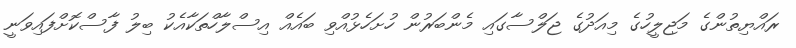
ރައްޔިތުންގެ މަޖިލީހުގެ މިއަދުގެ ޖަލްސާގައި މެންބަރުން ހުށަހެޅުއްވި ބައެއް އިސްލާހްތަކާއެކު ބިލު ފާސްކޮށްފައިވަނީ